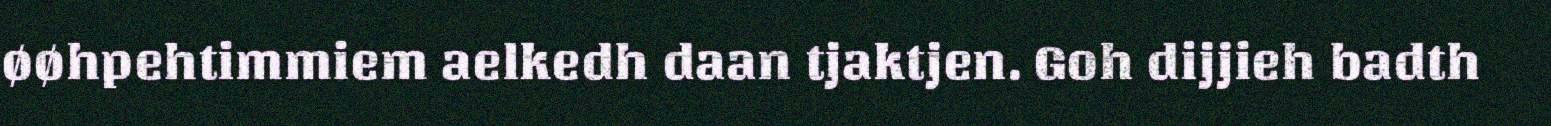
øøhpehtimmiem aelkedh daan tjaktjen. Goh dijjieh badth